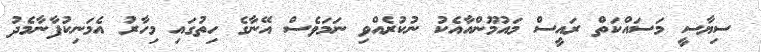
ސިޔާސީ މަސައްކަތް ރައީސް މައުމޫންއާއެކު ނުކުރެއްވި ނަމަވެސް އޭނާގެ ހިތުގައި މިހާރު އެމަނިކުފާނާމެދު